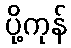
ပို့ကုန်